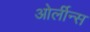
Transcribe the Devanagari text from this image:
ओर्लीन्स